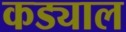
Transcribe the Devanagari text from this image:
कड्याल